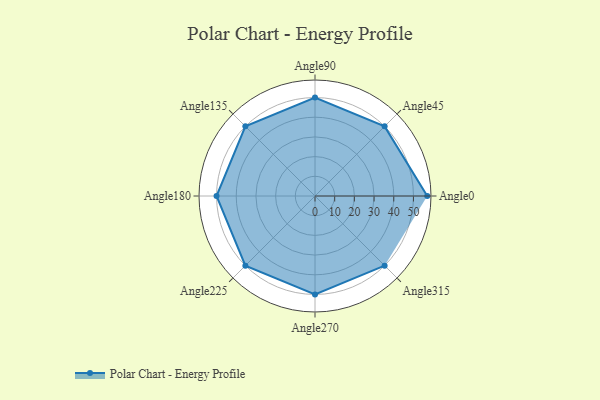
{"axis": {"x": "Angle", "y": "Radius"}, "legend": [""], "data": [{"x": "Angle0", "y": 57.0, "type": ""}, {"x": "Angle45", "y": 50, "type": ""}, {"x": "Angle90", "y": 50, "type": ""}, {"x": "Angle135", "y": 50, "type": ""}, {"x": "Angle180", "y": 50, "type": ""}, {"x": "Angle225", "y": 50, "type": ""}, {"x": "Angle270", "y": 50, "type": ""}, {"x": "Angle315", "y": 50, "type": ""}]}